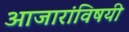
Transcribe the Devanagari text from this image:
आजारांविषयी